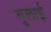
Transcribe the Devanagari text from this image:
मुलाई